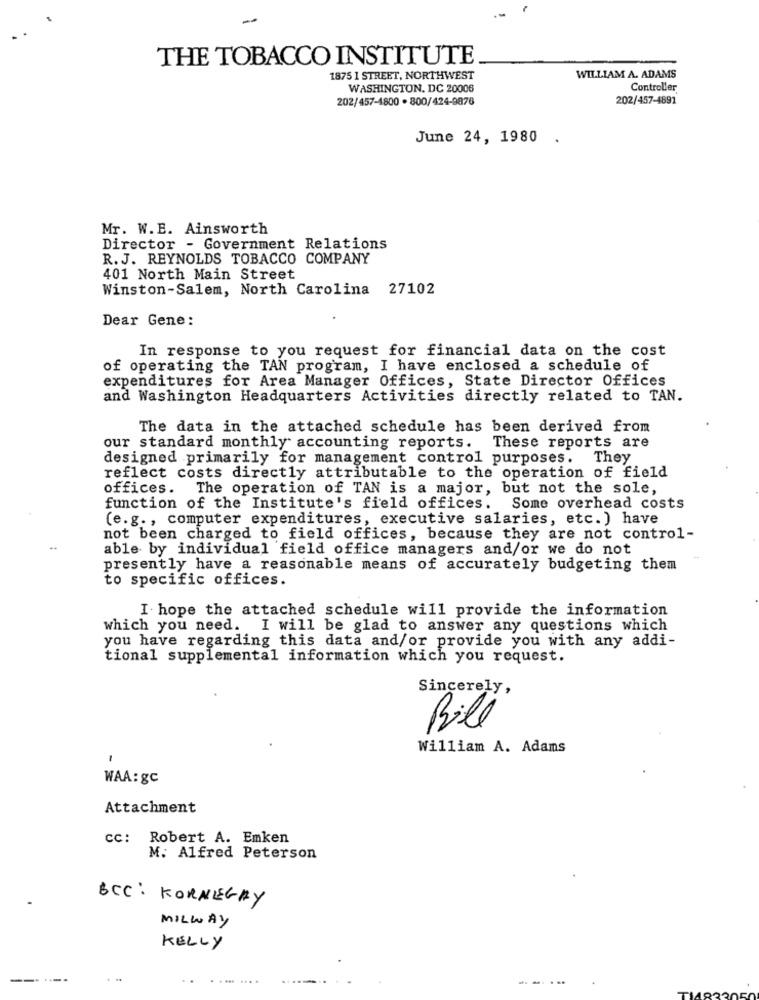
-
THE TOBACCO INSTITUTE
1875 1 STREET, NORTHWEST
WILLIAM A. ADAMS
WASHINGTON, DC 20006
Controller
202/457-1800 . 800/424-9876
202/457-4891
June 24, 1980 .
Mr. W.E. Ainsworth
Director - Government Relations
R. J. REYNOLDS TOBACCO COMPANY
401 North Main Street
Winston-Salem, North Carolina 27102
Dear Gene:
In response to you request for financial data on the cost
of operating the TAN program, I have enclosed a schedule of
expenditures for Area Manager Offices, State Director Offices
and Washington Headquarters Activities directly related to TAN.
The data in the attached schedule has been derived from
our standard monthly accounting reports. These reports are
designed primarily for management control purposes.
They
reflect costs directly attributable to the operation of field
offices. The operation of TAN is a major, but not the sole,
function of the Institute's field offices. Some overhead costs
(e.g ., computer expenditures, executive salaries, etc. ) have
not been charged to field offices, because they are not control-
able by individual field office managers and/or we do not
presently have a reasonable means of accurately budgeting them
to specific offices.
I hope the attached schedule will provide the information
which you need. I will be glad to answer any questions which
you have regarding this data and/or provide you with any addi-
tional supplemental information which you request.
Sincerely,
Bill
William A. Adams
1
WAA: gc
Attachment
cc: Robert A. Emken
M. Alfred Peterson
BCC : KORNEGAY
MILWAY
KELLY
---
.......